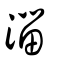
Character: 湽